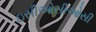
ઇસીઓસીઓસી